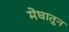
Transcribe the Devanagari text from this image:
मेघातून